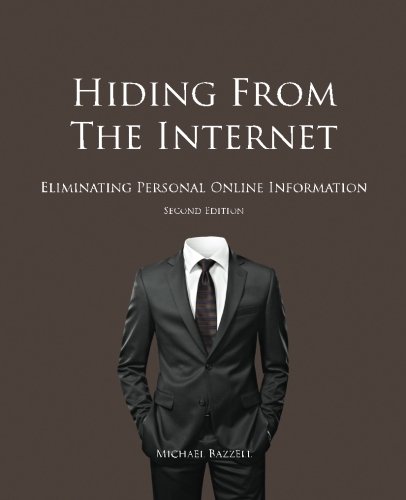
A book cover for Hiding from the Internet: Eliminating Personal Online Information; Michael Bazzell; Computers & Technology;